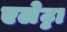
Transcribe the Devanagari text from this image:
एलेट्टा